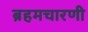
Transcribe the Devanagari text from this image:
ब्रहमचारणी